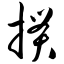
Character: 掼